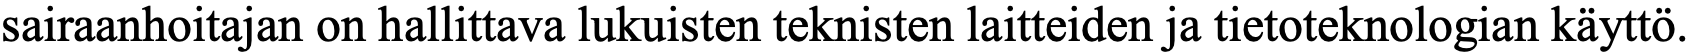
sairaanhoitajan on hallittava lukuisten teknisten laitteiden ja tietoteknologian käyttö.